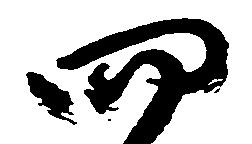
四